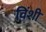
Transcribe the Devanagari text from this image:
विंशी